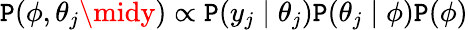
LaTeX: \mathtt{P}(\phi,\theta_{j}\midy)\propto\mathtt{P}(y_{j}\mid\theta_{j})\mathtt{P}(\theta_{j}\mid\phi)\mathtt{P}(\phi)